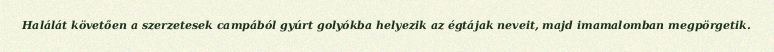
Halálát követően a szerzetesek campából gyúrt golyókba helyezik az égtájak neveit, majd imamalomban megpörgetik.